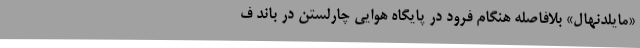
«مایلدنهال» بلافاصله هنگام فرود در پایگاه هوایی چارلستن در باند ف